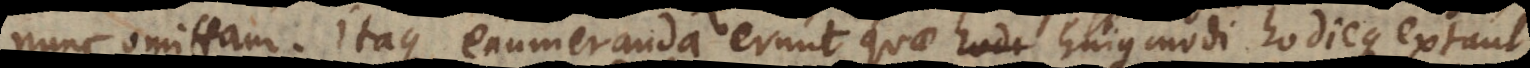
nunc omittam. Itaque enumeranda erunt quae hujusmodi hodieque extant,